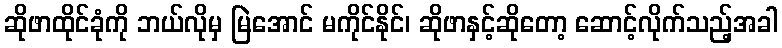
ဆိုဖာထိုင်ခုံကို ဘယ်လိုမှ မြဲအောင် မကိုင်နိုင်၊ ဆိုဖာနှင့်ဆိုတော့ ဆောင့်လိုက်သည့်အခါ